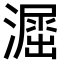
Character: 𣿲